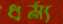
ধর্ম্য